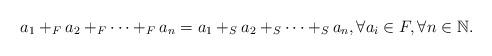
LaTeX: \begin{align*}a_1 +_F a_2 +_F \cdots +_F a_n = a_1 +_S a_2 +_S \cdots +_S a_n, \forall a_i \in F, \forall n \in \mathbb{N}.\end{align*}